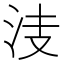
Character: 𣳏